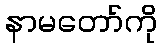
နာမတော်ကို